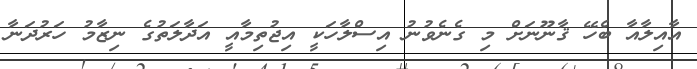
އާއިލާއާ ބެހޭ ޤާނޫނަށް މި ގެނެވުނު އިސްލާހަކީ އިޖުތިމާއީ އަދާލަތުގެ ނިޒާމު ހަރުދަނާ